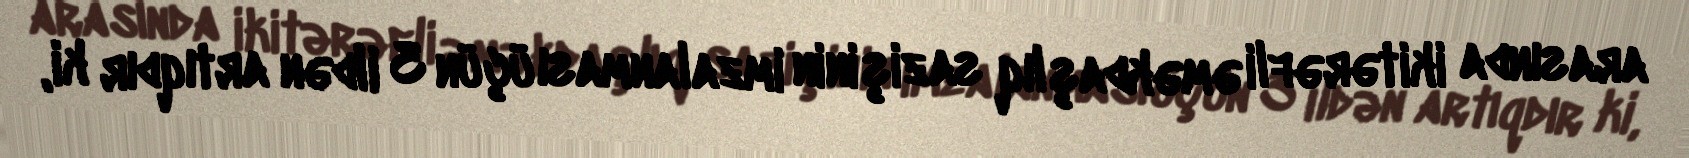
arasında ikitərəfli əməkdaşlıq sazişinin imzalanması üçün 3 ildən artıqdır ki,